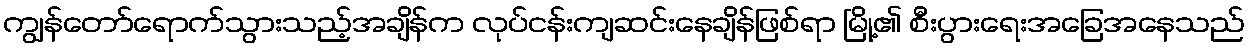
ကျွန်တော်ရောက်သွားသည့်အချိန်က လုပ်ငန်းကျဆင်းနေချိန်ဖြစ်ရာ မြို့၏ စီးပွားရေးအခြေအနေသည်